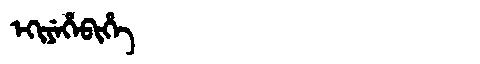
Manchu: ᡝᡴᡳᠶᡝᡥᡝᠪᡳᡥᡝ
Romanization: EKIYEHEBIHE